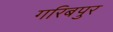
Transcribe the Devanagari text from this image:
गरिबपुर